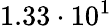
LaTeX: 1.33\cdot 10^{1}